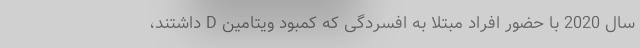
سال 2020 با حضور افراد مبتلا به افسردگی که کمبود ویتامین D داشتند،